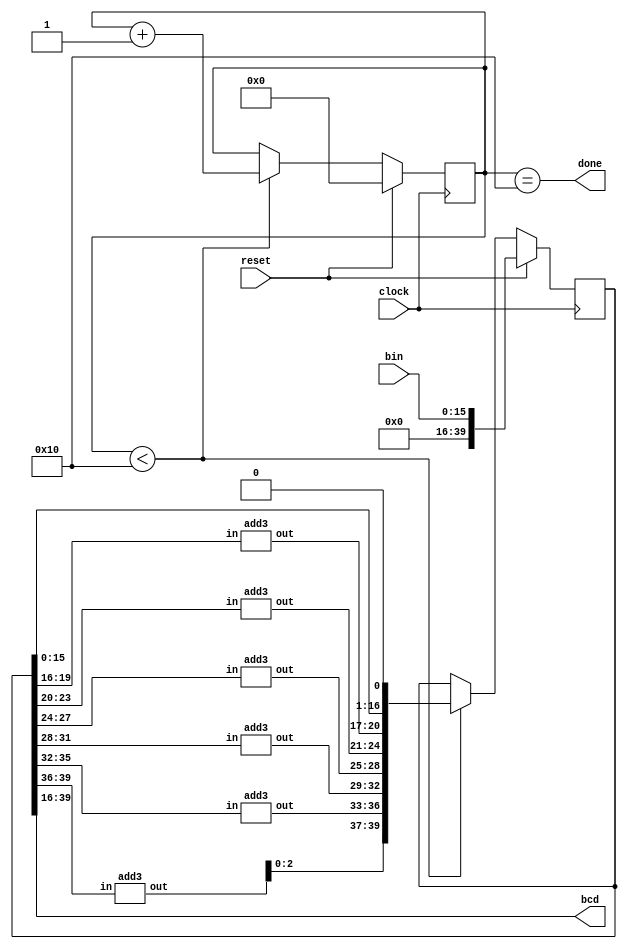
module double_dabble #(
    parameter WIDTH_IN = 16
) (
    output[4*(WIDTH_IN+2)/3 - 1:0] bcd,
    output done,
    input[WIDTH_IN - 1:0] bin,
    input clock,
    input reset
);
    localparam 
        NUM_DIGITS = (WIDTH_IN+2)/3,
        BCD_BITS = NUM_DIGITS * 4,
        SCRATCH_WIDTH = WIDTH_IN + BCD_BITS;

    reg[SCRATCH_WIDTH-1:0] scratch = 0;
    reg[$clog2(WIDTH_IN):0] cycle_count = 0;

    // add3 modules
    wire[BCD_BITS-1:0] next_digits;
    genvar i;
    generate
        for(i = 0; i < NUM_DIGITS; i = i + 1) begin
            add3 a0(.out(next_digits[4*(i+1)-1:4*i]), .in(scratch[WIDTH_IN+4*(i+1)-1:WIDTH_IN+4*i]));
        end
    endgenerate

    always @(posedge clock) begin
        if(reset) begin
            // may take one extra clock cycle to reset
            scratch <= {{BCD_BITS{1'b0}}, bin};
            cycle_count <= 0;
        end else begin
            if(cycle_count < WIDTH_IN) begin
                // shift scratch over but replace bcd section with next_digits
                scratch <= {next_digits[BCD_BITS-2:0], scratch[WIDTH_IN-1:0], 1'b0};
                cycle_count <= cycle_count + 1;
            end
        end
    end

    assign bcd = scratch[SCRATCH_WIDTH-1:WIDTH_IN];
    assign done = cycle_count==WIDTH_IN;
endmodule

module double_dabble16(
    output[19:0] bcd,
    output done,
    input[15:0] bin,
    input clock,
    input reset
);
    localparam 
        WIDTH_IN = 16,
        SCRATCH_WIDTH = 36,
        BCD_BITS = 20,
        NUM_DIGITS = 5;

    reg[SCRATCH_WIDTH-1:0] scratch = 0;
    reg[$clog2(WIDTH_IN):0] cycle_count = 0;

    // add3 modules
    wire[BCD_BITS-1:0] next_digits;
    // add3 a0(.out(next_digits[3 :0 ]), .in(scratch[WIDTH_IN+3 :WIDTH_IN+0 ]));
    // add3 a1(.out(next_digits[7 :4 ]), .in(scratch[WIDTH_IN+7 :WIDTH_IN+4 ]));
    // add3 a2(.out(next_digits[11:8 ]), .in(scratch[WIDTH_IN+11:WIDTH_IN+8 ]));
    // add3 a3(.out(next_digits[15:12]), .in(scratch[WIDTH_IN+15:WIDTH_IN+12]));
    // add3 a4(.out(next_digits[19:16]), .in(scratch[WIDTH_IN+19:WIDTH_IN+16]));
    genvar i;
    generate
        for(i = 0; i < NUM_DIGITS; i = i + 1) begin
            add3 a0(.out(next_digits[4*(i+1)-1:4*i]), .in(scratch[WIDTH_IN+4*(i+1)-1:WIDTH_IN+4*i]));
        end
    endgenerate

    always @(posedge clock) begin
        if(reset) begin
            // may take one extra clock cycle to reset
            scratch <= {{BCD_BITS{1'b0}}, bin};
            cycle_count <= 0;
        end else begin
            if(cycle_count < WIDTH_IN) begin
                // shift scratch over but replace bcd section with next_digits
                scratch <= {next_digits[BCD_BITS-2:0], scratch[WIDTH_IN-1:0], 1'b0};
                cycle_count <= cycle_count + 1;
            end
        end
    end

    assign bcd = scratch[SCRATCH_WIDTH-1:WIDTH_IN];
    assign done = cycle_count==WIDTH_IN;
endmodule

module add3(
    output[3:0] out,
    input[3:0] in
);
    assign out = (in >= 5) ? in + 3 : in;
endmodule